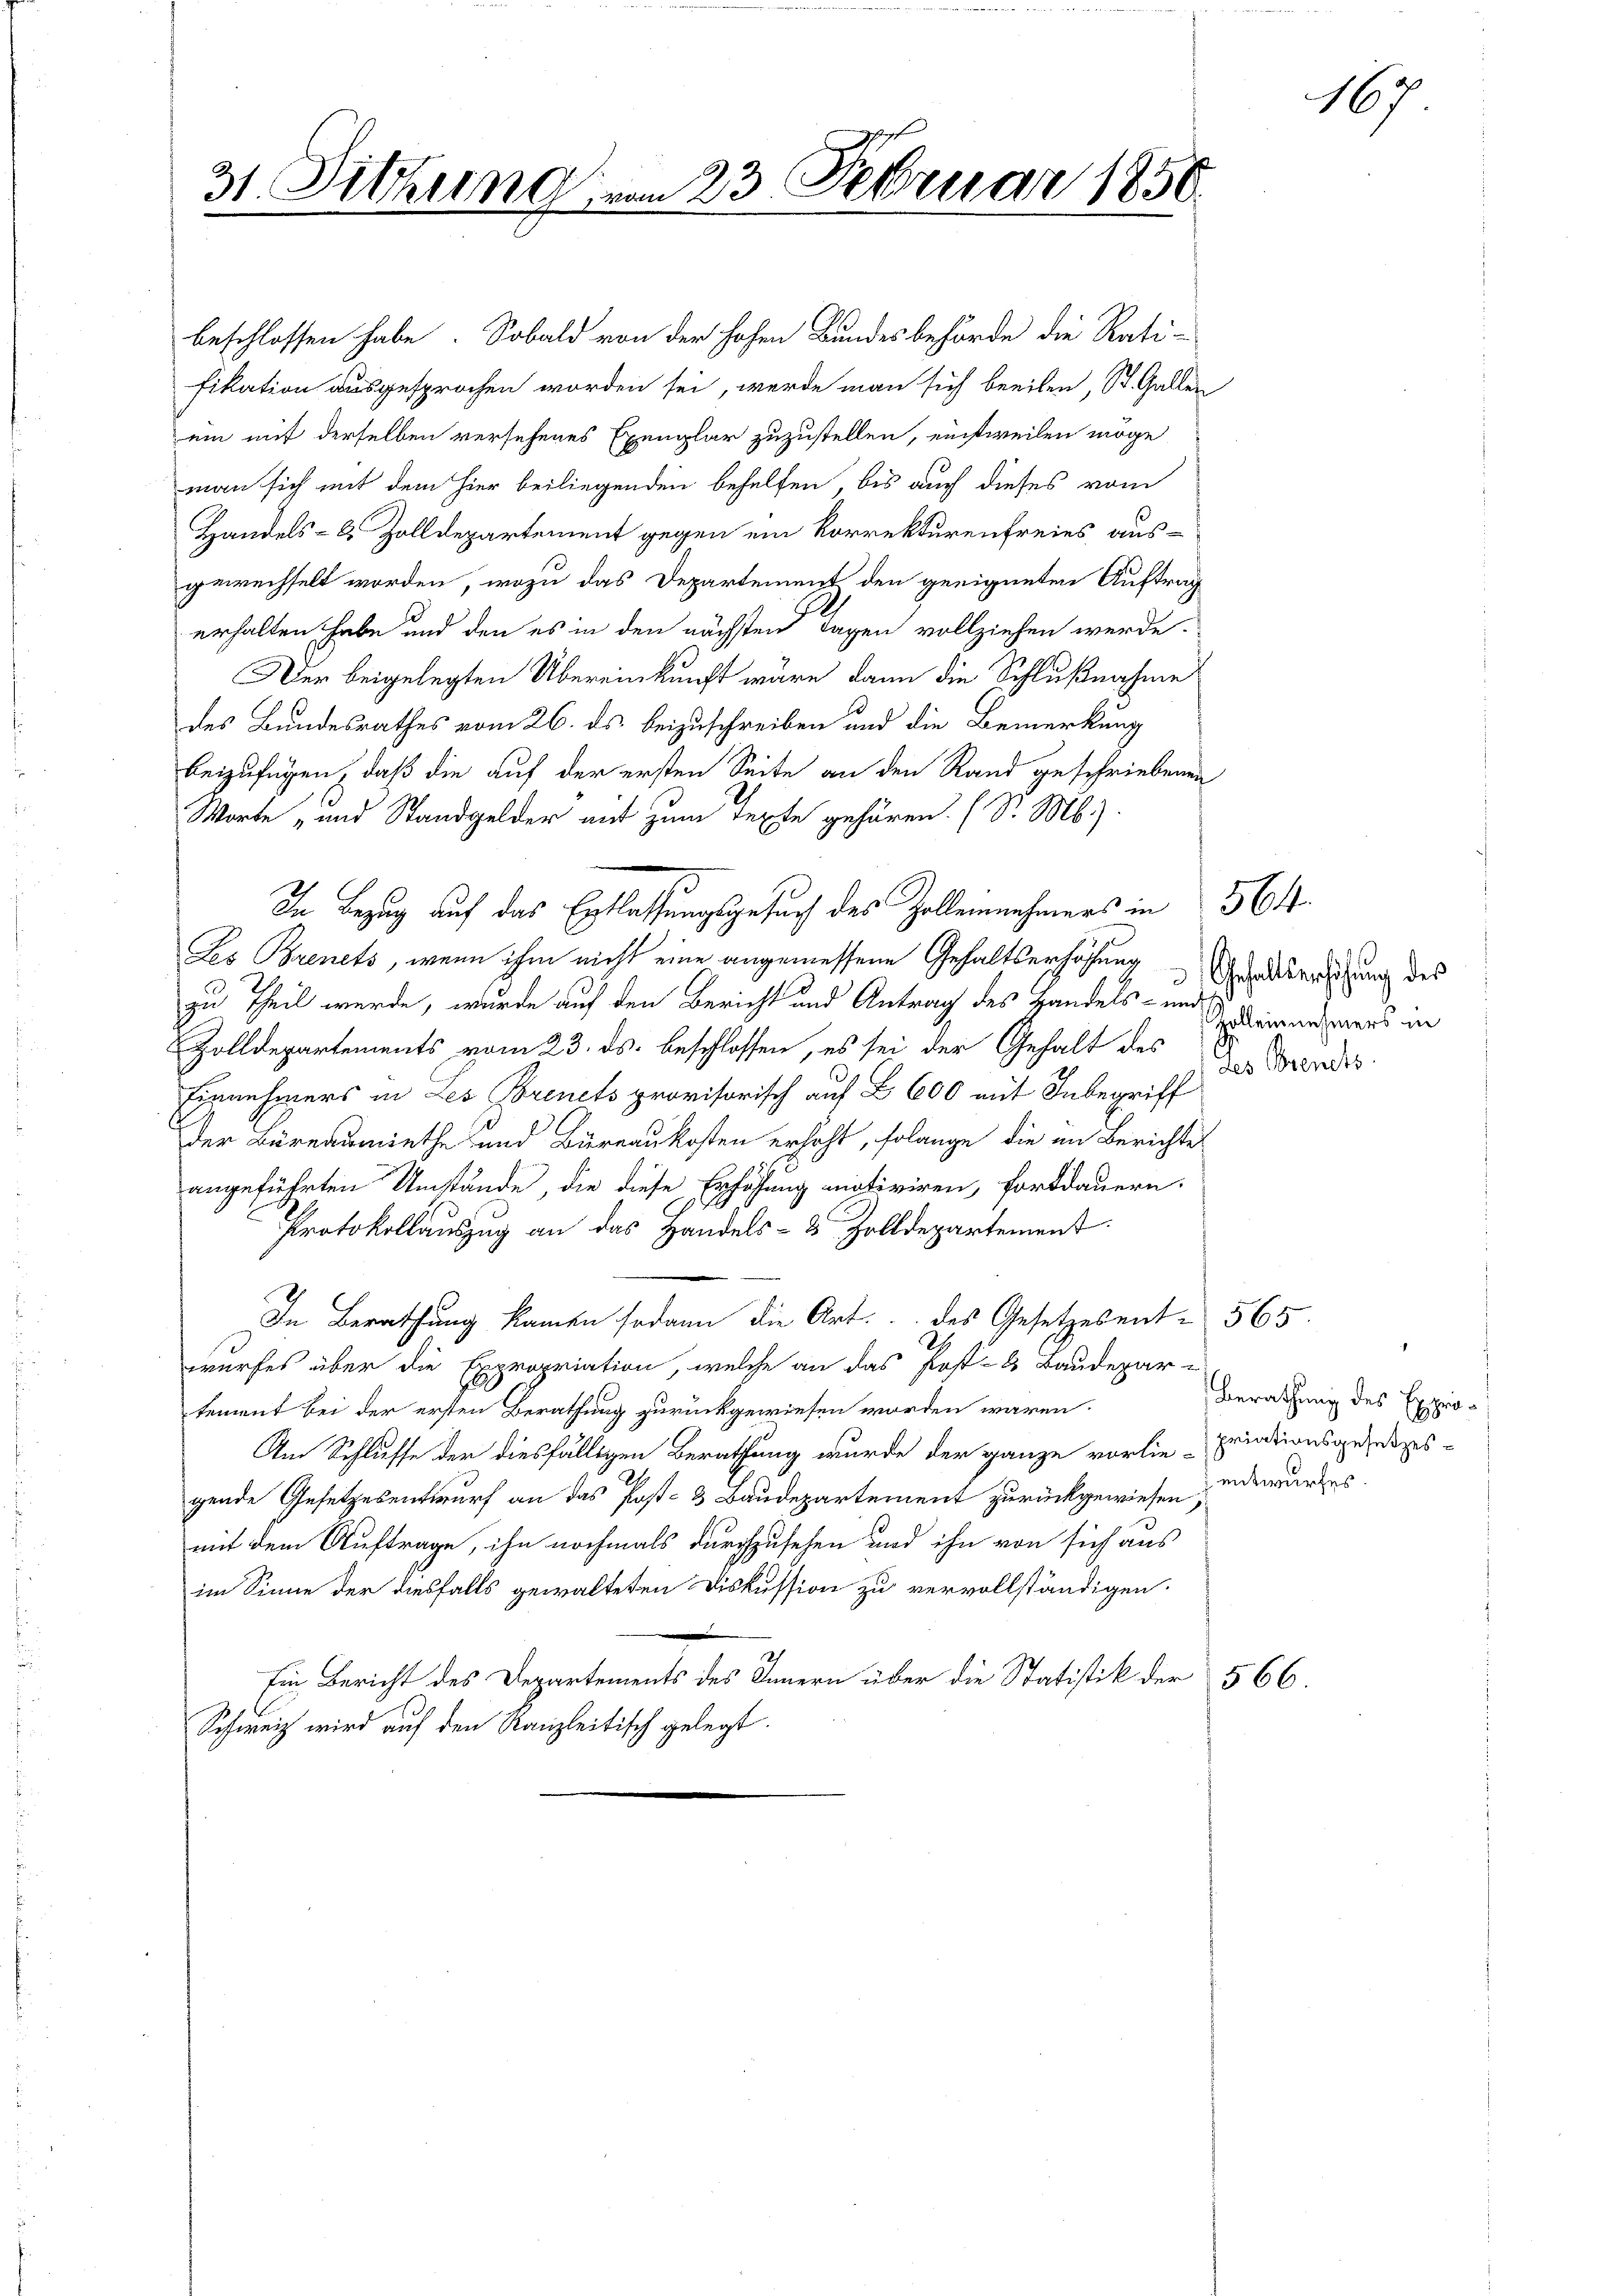
31. Sitzung am 23. Februar 1856

beschlossen habe. Sobald von der hohen Bundesbehörde die Rati-
fikation ausgesprochen worden sei, werde man sich beeilen, St. Gallen
ein mit derselben versehenes Exemplar zuzustellen, einstweilen möge
man sich mit dem Hier beiliegenden behelfen, bis auch dieses vom
Handels- & Zolldepartement gegen ein Korrekturenfreies aus-
gewechselt worden, wozu das Departement den geeigneten Auftrag
erhalten habe und den es in den nächsten Tagen vollziehen werde.
Der beigelegten Übereinkunft wäre, dann die Schlußnahme
des Bundesrathes vom 26. ds. beizuschreiben und die Bemerkung
beizufügen, daß die auf der ersten Seite an den Rand geschriebenen
Worte und Standgelder auf zum Texte gehören. (S. M.)
Les Brenets, wenn ihm nicht eine angemessene Gehaltserhöhung
zu Theil werde, wurde auf den Bericht und Antrag des Handels- und
Zolldepartements vom 23. ds. beschlossen, es sei der Gehalt des
Einnehmers in Les Brinets provisorisch auf § 600 mit Inbegriff
Der Büreausmiethe und Büreaukosten erhöht, solange die in Berichte
angeführten Umstände, die diese Erhöhung motiviren, fortdauern.
Protokollauszug an das Handels- & Zolldepartement
In Berathung kamen sodann die Art. des Gesetzesent- 565
wurfes über die Expropriation, welche an das Post- & Baudepar-
tement bei der ersten Berathung zurückgewiesen worden wären.
Am Schlusse der diesfälligen Berathung wurde der ganze vorlie-Eriationsgesetzesgende Gesetzesentwurf an das Post- & Baudepartement zurückgewiesen, edewurzes
mit dem Auftrage, ihn nochmals durchzusehen und ihn von sich aus
im Sinne der diesfalls gewalteten Diskussion zu vervollständigen.
Ein Bericht des Departements des Innern über die Statistik der 566
Schweiz wird auf den Kanzleitisch gelegt.

In Bezug auf das Entlassungsgesuch des Zollennehmers in 564.

Gehaltserhöhung des
Zolleinnehmers in
des Brents

Berathung des Expro¬

167